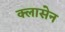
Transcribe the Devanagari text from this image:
क्लासेन